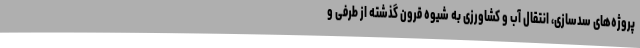
پروژه‌های سدسازی، انتقال آب و کشاورزی به شیوه قرون گذشته از طرفی و